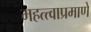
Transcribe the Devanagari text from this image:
महत्त्वाप्रमाणे